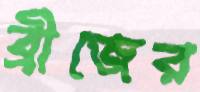
ব্রীজের